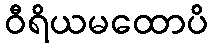
ဝီရိယမထောပိ